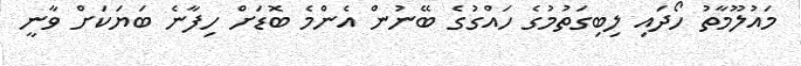
މައުލޫމާތު ހޯދައި ލިބިގަތުމުގެ ހައްގުގެ ބޭނުން އެންމެ ބޮޑަށް ހިފާނެ ބަޔަކަށް ވާނީ